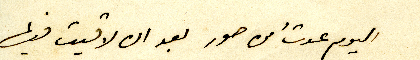
اليوم عدتُ من صور بعد ان لاقيت فيها